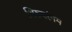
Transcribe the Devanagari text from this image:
थिरुवरंगम